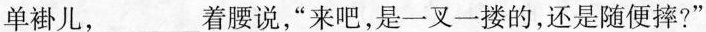
单褂儿，___着腰说，”来吧，是一叉一搂的，还是随便摔?”